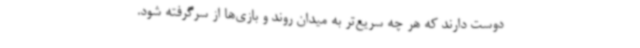
دوست دارند که هر چه سریع‌تر به میدان روند و بازی‌ها از سرگرفته شود.